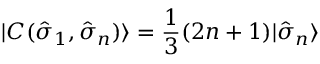
| C ( { \hat { \sigma } } _ { 1 } , { \hat { \sigma } } _ { n } ) \rangle = \frac { 1 } { 3 } ( 2 n + 1 ) | { \hat { \sigma } } _ { n } \rangle